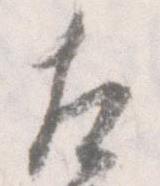
左